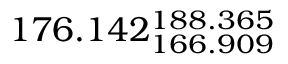
1 7 6 . 1 4 2 _ { 1 6 6 . 9 0 9 } ^ { 1 8 8 . 3 6 5 }